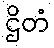
ဌိတံ